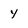
Character: y